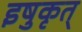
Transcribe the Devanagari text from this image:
इषुकृत्